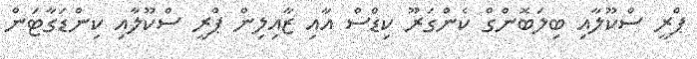
ޕްރީ ސްކޫލާއި ބިލަބޮންގް ކެންގަރޫ ކިޑްސް އާއި ޒާއިލިން ޕްރީ ސްކޫލާއި ކިންޑަގާޓަން